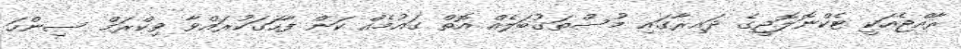
ރާއްޖެއަކީ ޓެކްނޮލޮޖީގެ ދައިރާގައި މުސްތަގުބަލެއް އޮތް ގައުމެއް ކަން ފާހަގަކުރައްވާ ވިކްރަމް ސިންހަ